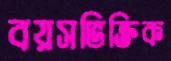
বয়সভিক্তিক